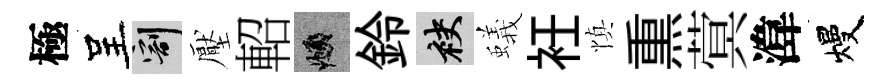
極呈割壓軺頫鈴袂蟻衽慎𤋱蓂湋熳